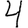
Digit: 4